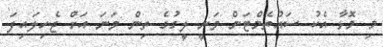
މި މޮޅާ އެކު ސައުތެމްޓަން ވަނީ ލީގުގެ ތިން ވަނަ އަށް ޖެހިލައިފަ